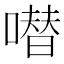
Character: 𠾱